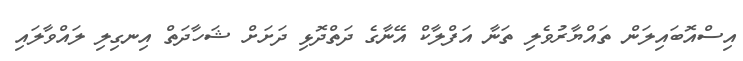
އިސްއޮބައިލަން ތައްޔާރުވެލި ތަނާ އަފްލާކް އޭނާގެ ދަތްދޮޅި ދަށަށް ޝަހާދަތް އިނގިލި ލައްވާލައި